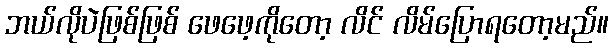
ဘယ်လိုပဲဖြစ်ဖြစ် ဖေဖေ့ကိုတော့ လိင် လိမ်ပြောရတော့မည်။